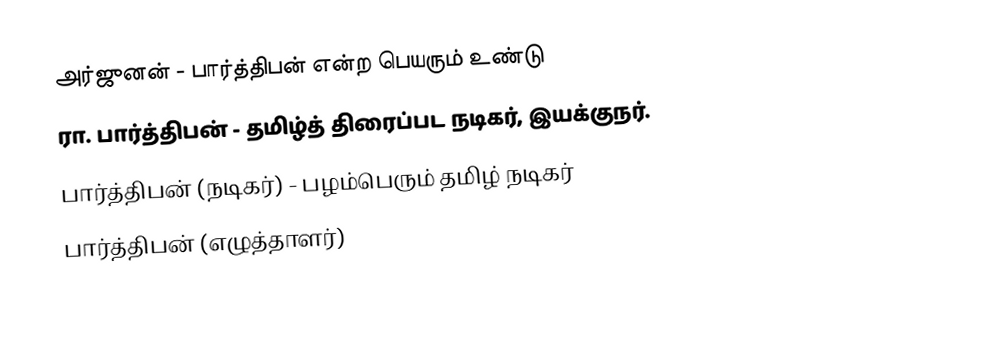
அர்ஜுனன் - பார்த்திபன் என்ற பெயரும் உண்டு
ரா. பார்த்திபன் - தமிழ்த் திரைப்பட நடிகர், இயக்குநர்.
பார்த்திபன் (நடிகர்) - பழம்பெரும் தமிழ் நடிகர்
பார்த்திபன் (எழுத்தாளர்)